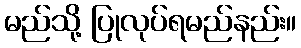
မည်သို့ ပြုလုပ်ရမည်နည်း။